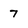
Character: 7